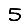
Digit: 5